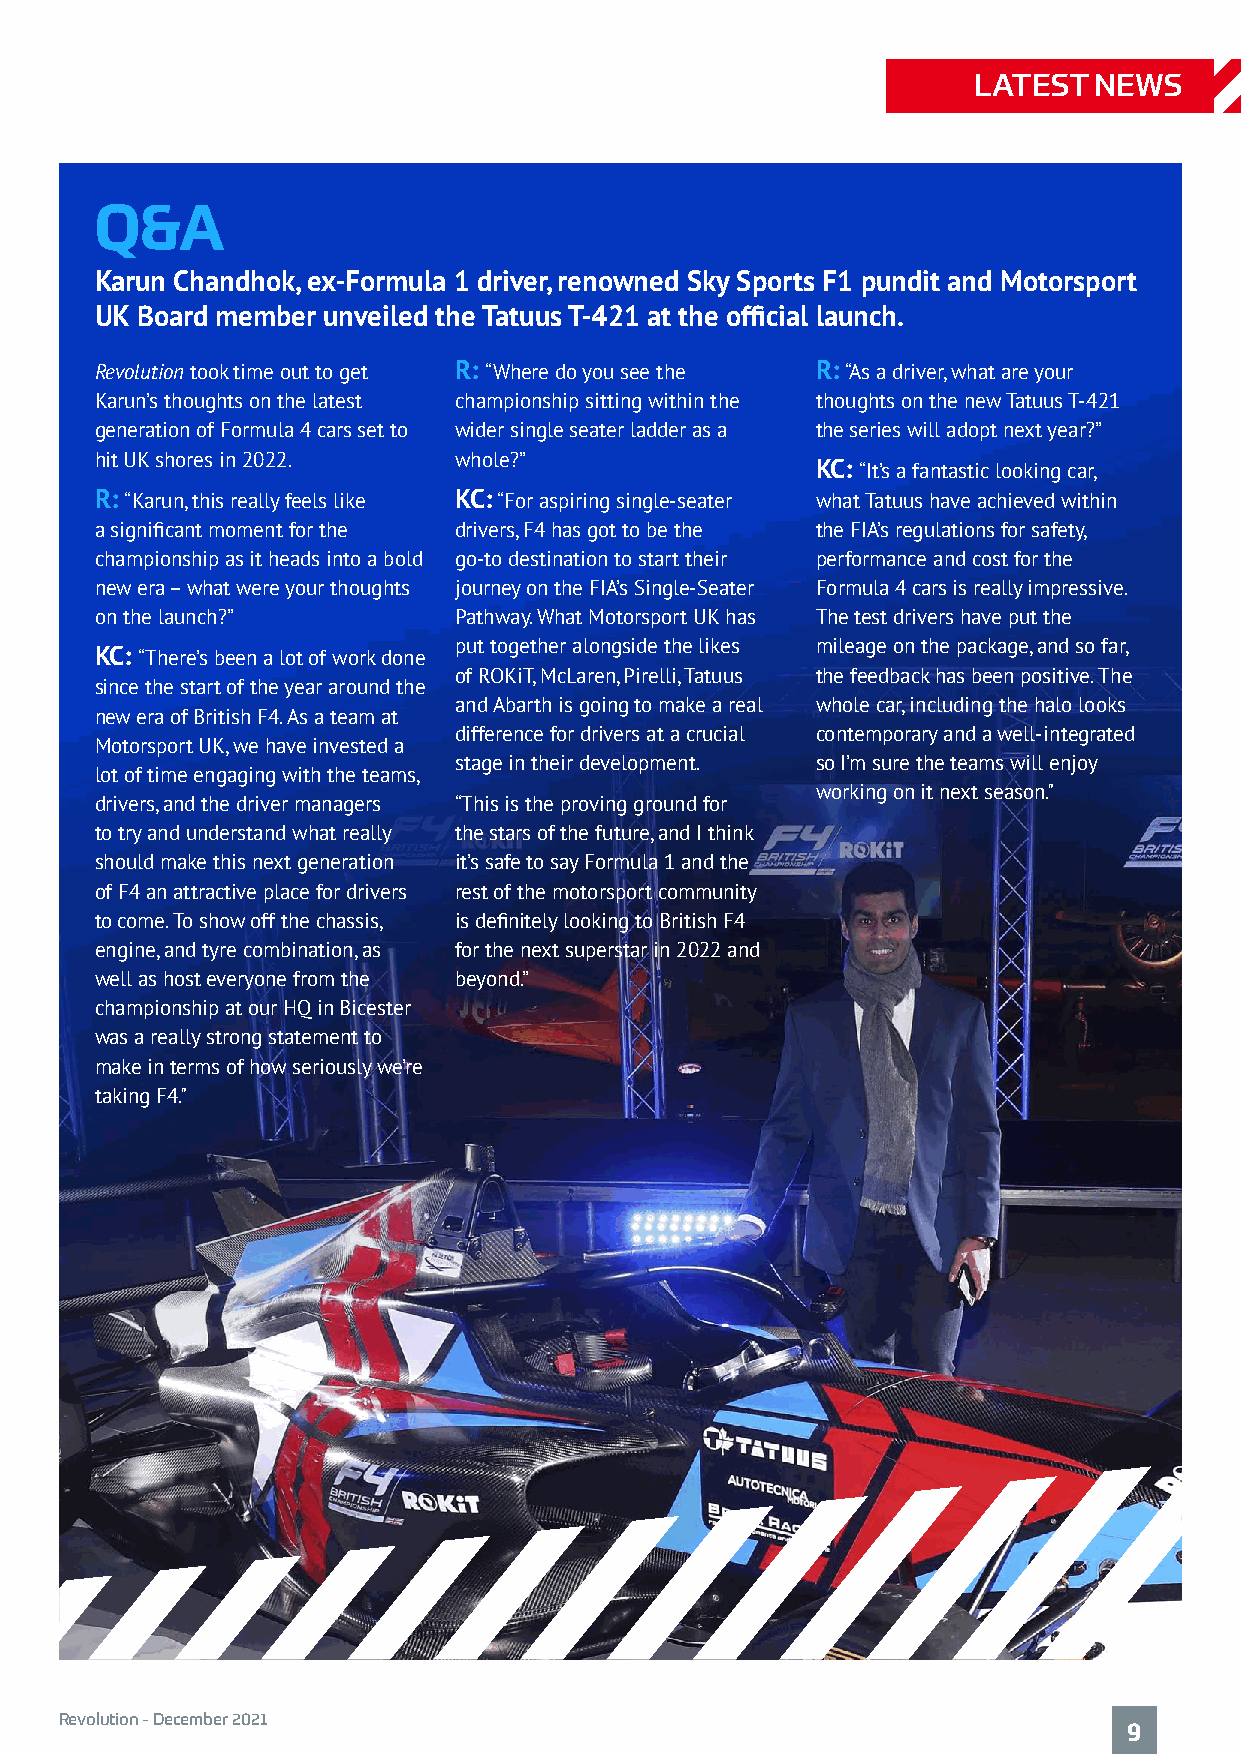
LATEST  NEWS
 Q&A
 Karun Chandhok, ex-Formula 1 driver, renowned Sky Sports F1 pundit and Motorsport
 UK Board member unveiled the Tatuus T-421 at the official launch.
 Revolution took time out to get R: “Where do you see the R: “As a driver, what are your
 Karun’s thoughts on the latest championship sitting within the thoughts on the new Tatuus T-421
 generation of Formula 4 cars set to wider single seater ladder as a the series will adopt next year?”
 hit UK shores in 2022.  whole?”
 KC: “It’s a fantastic looking car,
 R: “Karun, this really feels like KC: “For aspiring single-seater what Tatuus have achieved within
 a significant moment for the drivers, F4 has got to be the the FIA’s regulations for safety,
 championship as it heads into a bold go-to destination to start their performance and cost for the
 new era – what were your thoughts journey on the FIA’s Single-Seater Formula 4 cars is really impressive.
 on the launch?”         Pathway. What Motorsport UK has The test drivers have put the
 put together alongside the likes mileage on the package, and so far,
 KC: “There’s been a lot of work done
 of ROKiT, McLaren, Pirelli, Tatuus the feedback has been positive. The
 since the start of the year around the
 and Abarth is going to make a real whole car, including the halo looks
 new era of British F4. As a team at
 difference for drivers at a crucial contemporary and a well-integrated
 Motorsport UK, we have invested a
 stage in their development. so I’m sure the teams will enjoy
 lot of time engaging with the teams,
 working on it next season."
 drivers, and the driver managers “This is the proving ground for
 to try and understand what really the stars of the future, and I think
 should make this next generation it’s safe to say Formula 1 and the
 of F4 an attractive place for drivers rest of the motorsport community
 to come. To show off the chassis, is definitely looking to British F4
 engine, and tyre combination, as for the next superstar in 2022 and
 well as host everyone from the beyond.”
 championship at our HQ in Bicester
 was a really strong statement to
 make in terms of how seriously we’re
 taking F4."
 Revolution - December 2021
 9